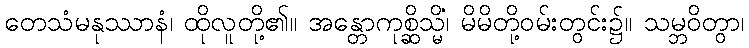
တေသံမနုဿာနံ၊ ထိုလူတို့၏။ အန္တောကုစ္ဆိသ္မိံ၊ မိမိတို့ဝမ်းတွင်း၌။ သမ္ဘဝိတွာ၊